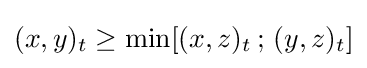
(x,y)_{t}\geq \min[(x,z)_{t}\,;\,(y,z)_{t}]